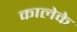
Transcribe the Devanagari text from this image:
कालेके